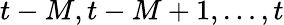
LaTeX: t-M,t-M+1,\dots,t